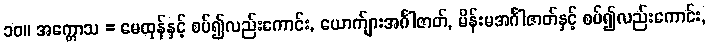
၁၀။ အက္ကောသ = မေထုန်နှင့် စပ်၍လည်းကောင်း, ယောက်ျားအင်္ဂါဇာတ်, မိန်းမအင်္ဂါဇာတ်နှင့် စပ်၍လည်းကောင်း,